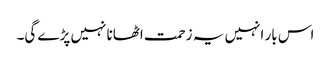
اس بار انہیں یہ زحمت اٹھانا نہیں پڑے گی۔